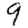
Digit: 9